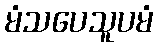
မံသပေသူပမံ